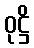
ဝုဋ္ဌိ